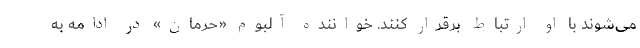
می‌شوند با او ارتباط برقرار کنند. خواننده آلبوم «حرمان» در ادامه به